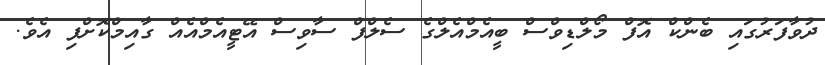
ދުވާފަރުގައި ބެންކް އޮފް މޯލްޑިވްސް ބީއެމްއެލްގެ ސެލްފް ސާވިސް އޭޓީއެމްއެއް ގާއިމްކޮށްފި އެވެ.